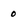
Character: 0